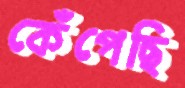
কেঁপেছি